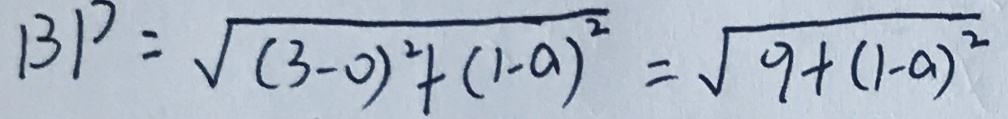
B P = \sqrt { ( 3 - 0 ) ^ { 2 } + ( 1 - a ) ^ { 2 } } = \sqrt { 9 + ( 1 - a ) ^ { 2 } }